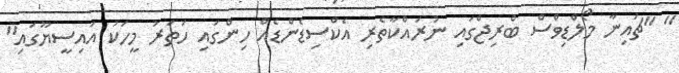
" "ޗައިނާ މޯލްޑިވްސް ބްރިޖްގައި ނުރައްކާތެރި އެކްސިޑެންޑެއް ހިންގައި ހަތަރު މީހަކު އައިސީޔޫގައި"